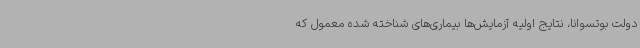
دولت بوتسوانا، نتایج اولیه آزمایش‌ها بیماری‌های شناخته شده معمول که